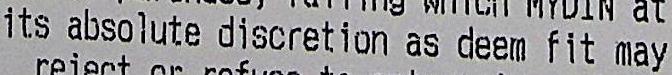
ITS ABSOLUTE DISCRETION AS DEEM FIT MAY